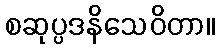
စဆုပ္ပဒနိသေဝိတာ။